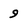
Character: 9